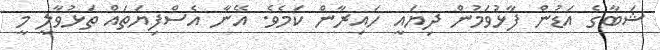
ޝަބާގެ އަޑުން ފާޅުވަމުން ދިޔައީ ހައިރާން ކަމެވެ. އޭނާ އެސްފިޔަތައް ތަޅުވާލީ މީ